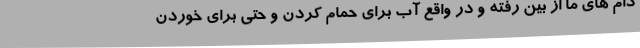
دام های ما از بین رفته و در واقع آب برای حمام کردن و حتی برای خوردن